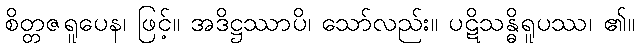
စိတ္တဇရူပေန၊ ဖြင့်။ အဒိဋ္ဌဿာပိ၊ သော်လည်း။ ပဋိသန္ဓိရူပဿ၊ ၏။